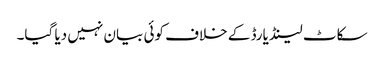
سکاٹ لینڈ یارڈ کے خلاف کوئی بیان نہیں دیا گیا۔